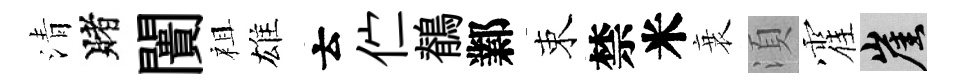
清賭闠祖雄云伫鶺鄴束禁米衰湏霍崖